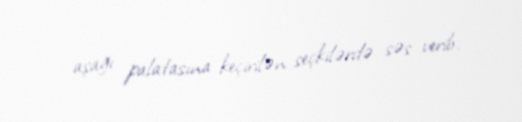
aşağı palatasına keçirilən seçkilərdə səs verib.